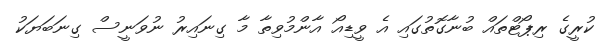
ކުރީގެ ރިޕޯޓްތައް ބުނާގޮތުގައި އެ ވީޑިއޯ އާންމުވިތާ މާ ގިނައިރު ނުވަނީސް ގިނަބަޔަކު